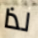
لذا